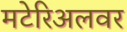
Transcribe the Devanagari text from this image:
मटेरिअलवर